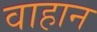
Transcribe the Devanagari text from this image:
वाहान